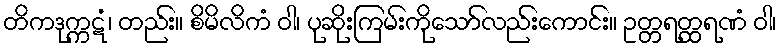
တိကဒုက္ကဋံ၊ တည်း။ စိမိလိကံ ဝါ၊ ပုဆိုးကြမ်းကိုသော်လည်းကောင်း။ ဥတ္တရတ္ထရဏံ ဝါ၊